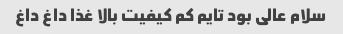
سلام عالی بود تایم کم کیفیت بالا غذا داغ داغ